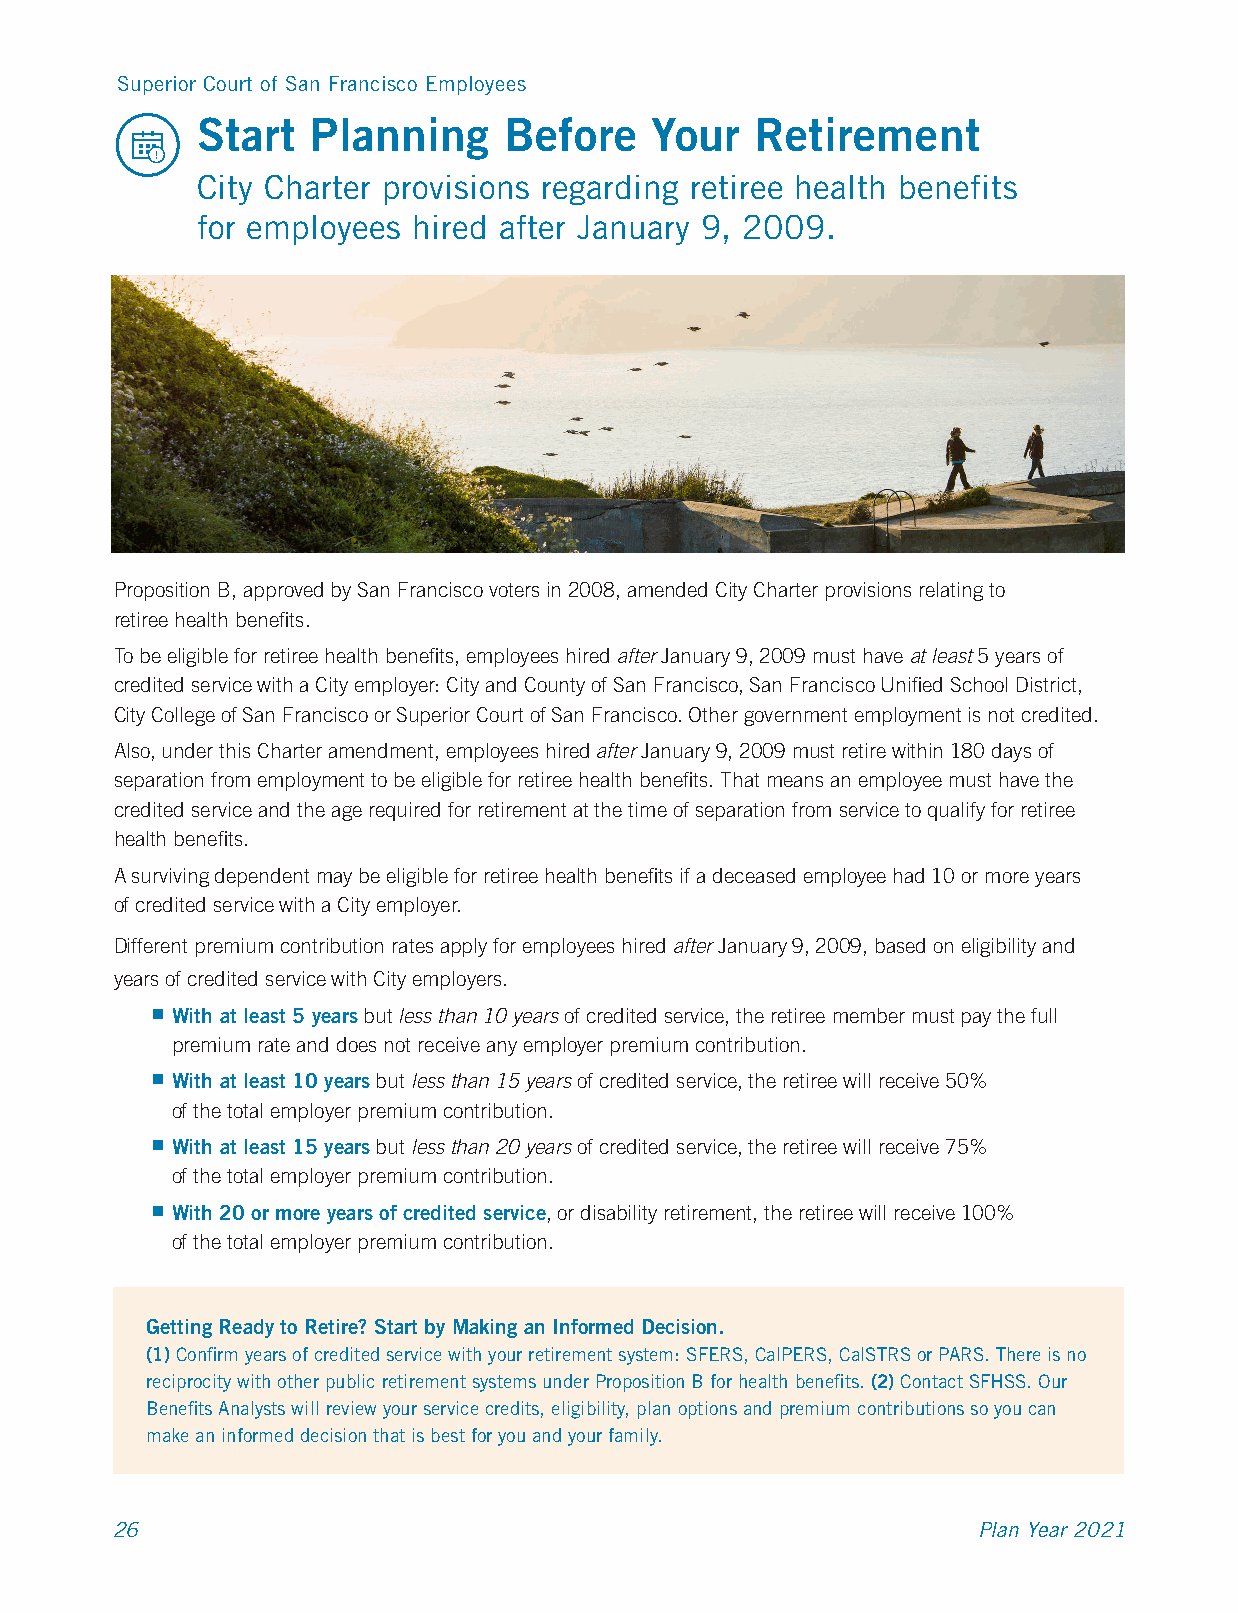
Superior Court of San Francisco Employees
 Start   Planning    Before    Your   Retirement
 City Charter provisions regarding retiree health benefits
 for employees hired after January 9, 2009.
 Proposition B, approved by San Francisco voters in 2008, amended City Charter provisions relating to
 retiree health benefits.
 To be eligible for retiree health benefits, employees hired after January 9, 2009 must have at least 5 years of
 credited service with a City employer: City and County of San Francisco, San Francisco Unified School District,
 City College of San Francisco or Superior Court of San Francisco. Other government employment is not credited.
 Also, under this Charter amendment, employees hired after January 9, 2009 must retire within 180 days of
 separation from employment to be eligible for retiree health benefits. That means an employee must have the
 credited service and the age required for retirement at the time of separation from service to qualify for retiree
 health benefits.
 A surviving dependent may be eligible for retiree health benefits if a deceased employee had 10 or more years
 of credited service with a City employer.
 Different premium contribution rates apply for employees hired after January 9, 2009, based on eligibility and
 years of credited service with City employers.
  With at least 5 years but less than 10 years of credited service, the retiree member must pay the full
 premium rate and does not receive any employer premium contribution.
  With at least 10 years but less than 15 years of credited service, the retiree will receive 50%
 of the total employer premium contribution.
  With at least 15 years but less than 20 years of credited service, the retiree will receive 75%
 of the total employer premium contribution.
  With 20 or more years of credited service, or disability retirement, the retiree will receive 100%
 of the total employer premium contribution.
 Getting Ready to Retire? Start by Making an Informed Decision.
 (1) Confirm years of credited service with your retirement system: SFERS, CalPERS, CalSTRS or PARS. There is no
 reciprocity with other public retirement systems under Proposition B for health benefits. (2) Contact SFHSS. Our
 Benefits Analysts will review your service credits, eligibility, plan options and premium contributions so you can
 make an informed decision that is best for you and your family.
 26                                                        Plan Year 2021